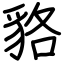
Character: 貉